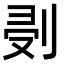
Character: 𠜘